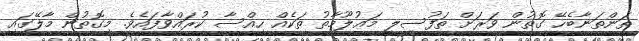
ތަންތަނާބެހޭ ގޮތުން ވަރަށް ތަފުސީލީ މަޢުލޫމާތު ތަކެއް ހިއްސާ ކުރައްވާފައެވެ. މިގޮތުން މާލޭގައި